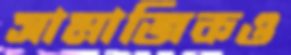
সামাজিকও